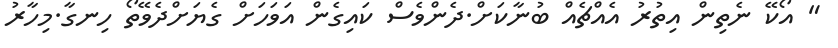
" އޯކޭ ނެތިން އިތުރު އެއްޗެއް ބުނާކަށް.ދެންވެސް ކައިގެން އަވަހަށް ގެޔަށްދެވޭތޯ ހިނގާ.މިހާރު